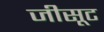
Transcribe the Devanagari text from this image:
जीसूट